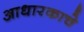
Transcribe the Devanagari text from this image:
आधारकाचे